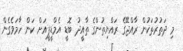
މި ދަތުރުތަކުން ރާއްޖޭގެ ރައްޔިތުންގެ ތާއީދު ބޮޑީ އެމްޑީޕީއަށް ކަން ހާމަވެގެން